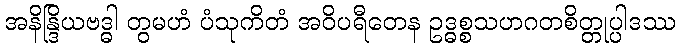
အနိန္ဒြိယဗဒ္ဓါ တွမဟံ ပံသုကိတံ အဝိပရီတေန ဥဒ္ဓစ္စသဟဂတစိတ္တုပ္ပါဒဿ